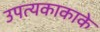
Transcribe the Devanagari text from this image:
उपत्यकाकाके